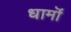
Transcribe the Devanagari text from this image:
धामॊं